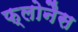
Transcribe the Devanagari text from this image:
फ्लोनैस